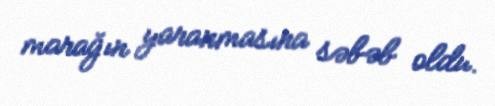
marağın yaranmasına səbəb oldu.